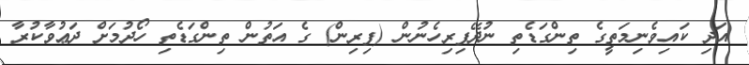
އަދި ކައިވެނިމަތީގެ ތިންގަޑެތި ނުދޭފިރިހެނުން (ފިރިން) ގެ އަތުން ތިންގަޑެތި ހޯދުމަށް ދަޢުވާކުރާ